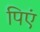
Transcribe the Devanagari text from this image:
पिएं